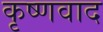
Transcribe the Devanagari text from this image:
कृष्णवाद